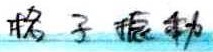
格子振动